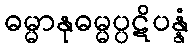
ဓမ္မာနုဓမ္မပ္ပဋိပန္နံ